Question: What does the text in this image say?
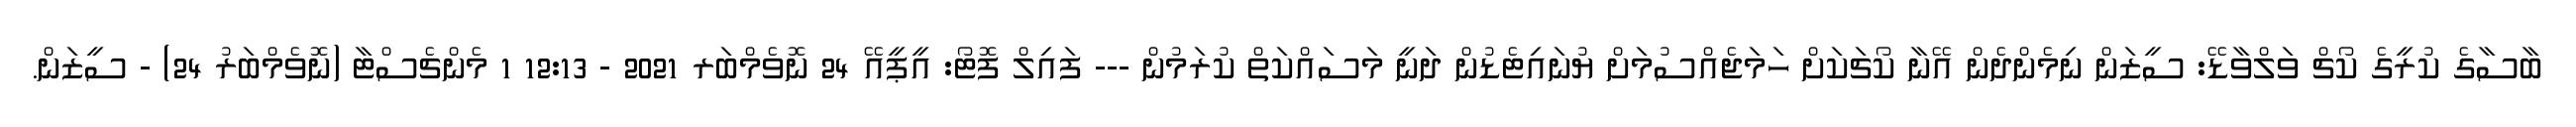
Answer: ބާސާގެ ކުރީގެ ކޯޗް ވަލްވާޑޭ: ސީޒަން ނިމެންދެން އޭނާ ކޯޗަކަށް ހަމަޖެއްސުމަށް ޔުނައިޓެޑުން ދަނީ މަސައްކަތް ކުރަމުން --- ފައިލް ފޮޓޯ: އީޕީއޭ 24 ނޮވެމްބަރ 2021 - 12:13 1 މެންޗެސްޓާ (ނޮވެމްބަރު 24) - ސީޒަން.